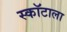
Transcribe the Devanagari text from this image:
स्कॉटाला